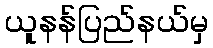
ယူနန်ပြည်နယ်မှ